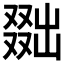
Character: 𠭴